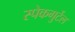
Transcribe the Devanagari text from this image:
स्पेकगुर्टेल